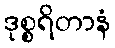
ဒုစ္စရိတာနံ